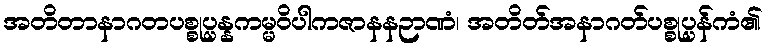
အတိတာနာဂတပစ္စုပ္ပန္နကမ္မဝိပါကဇာနနဉာဏံ၊ အတိတ်အနာဂတ်ပစ္စုပ္ပန်ကံ၏